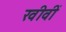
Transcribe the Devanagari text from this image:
खीवीं